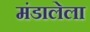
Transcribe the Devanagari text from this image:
मंडालेला